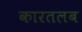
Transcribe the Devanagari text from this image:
कारतलब